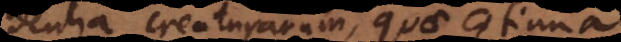
dentia creaturarum, quae continua